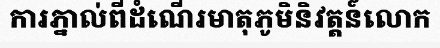
ការភ្នាល់ពីដំណើរមាតុភូមិនិវត្តន៍លោក